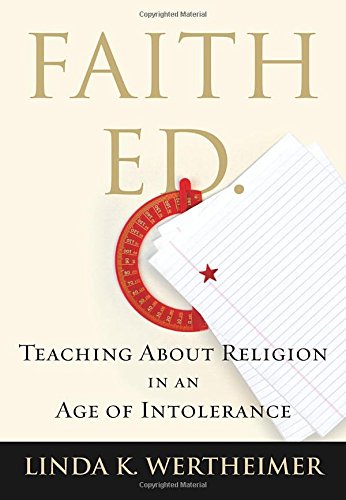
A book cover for Faith Ed: Teaching About Religion in an Age of Intolerance; Linda K. Wertheimer; Religion & Spirituality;